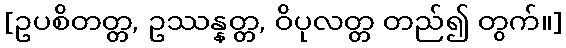
[ဥပစိတတ္တ, ဥဿန္နတ္တ, ဝိပုလတ္တ တည်၍ တွက်။]